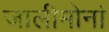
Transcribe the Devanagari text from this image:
जालीमोनां